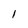
Character: 1